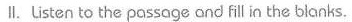
∥.Listen to the ρassage and fill in the blanks.